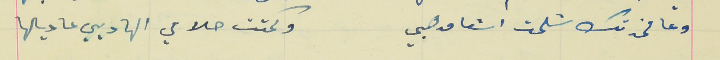
وعا مخدتك شلحت اشعا مدهبي                                وكحتت حلامي الهاديي عا ديالها